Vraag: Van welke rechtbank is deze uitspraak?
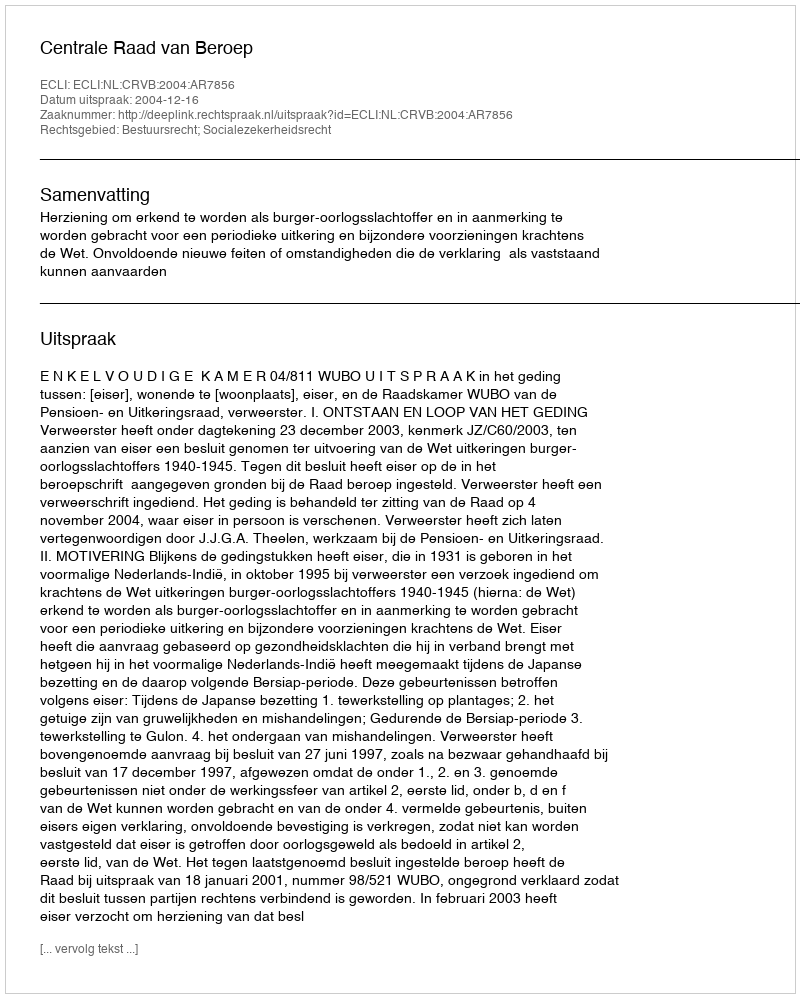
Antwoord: Centrale Raad van Beroep